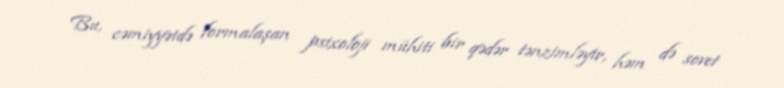
Bu, cəmiyyətdə formalaşan psixoloji mühiti bir qədər tənzimləyir, həm də sovet